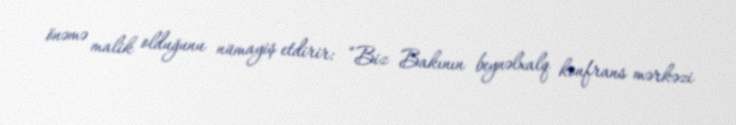
önəmə malik olduğunu nümayiş etdirir: “Biz Bakının beynəlxalq konfrans mərkəzi